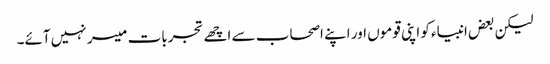
لیکن بعض انبیاء کو اپنی قوموں اور اپنے اصحاب سے اچھے تجربات میسر نہیں آئے۔